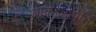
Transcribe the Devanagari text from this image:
आकांक्षापूर्ति